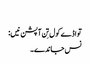
‏
تواڈے کول تِن آپشن نیں:‏
نس جاندے۔